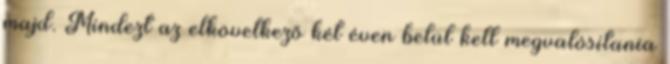
majd. Mindezt az elkövetkező két éven belül kell megvalósítania